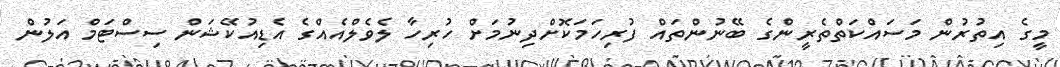
މީގެ އިތުރުން މަސައްކަތްތެރީންގެ ބޭނުންތައް ފުރިހަމަކޮށްދިނުމަށް ހުރިހާ ލެވެލްއެއްގެ އެޑިއުކޭޝަން ސިސްޓަމް އަލުން